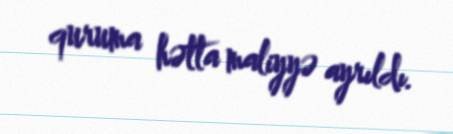
quruma hətta maliyyə ayrıldı.